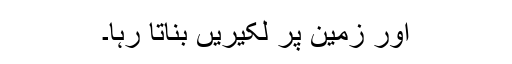
اور زمین پر لکیریں بناتا رہا۔